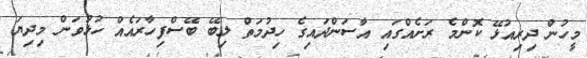
މީހުން ދިރިއުޅޭ ކޮންމެ ރަށެއްގައި އާސަންދައިގެ ހިދުމަތް ލިބޭ ބޭސްފިހާރައެއް ހުޅުވަން މިދިޔަ